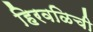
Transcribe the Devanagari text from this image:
हिरवळिची